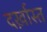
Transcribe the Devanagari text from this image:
दर्ख़ास्त